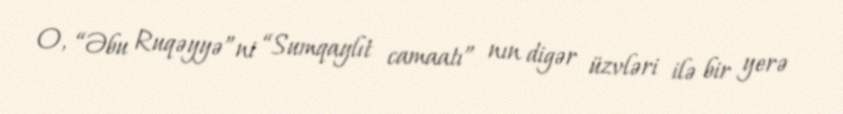
O, “Əbu Ruqəyyə”ni “Sumqaylıt camaatı” nın digər üzvləri ilə bir yerə